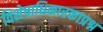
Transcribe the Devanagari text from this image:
विशेषाधिकारकाप्रश्न